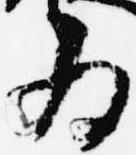
為